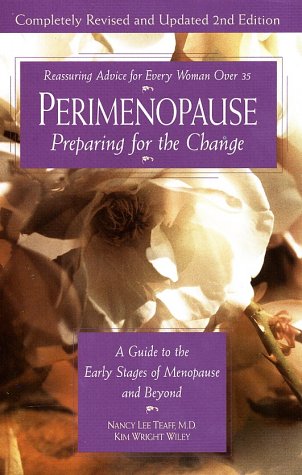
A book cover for Perimenopause--Preparing for the Change, Revised 2nd Edition: A Guide to the Early Stages of Menopause and Beyond; Nancy Lee Teaff M.D.; Health, Fitness & Dieting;